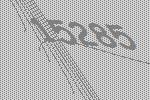
15285